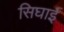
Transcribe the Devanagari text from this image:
सिघाई